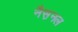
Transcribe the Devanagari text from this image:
नैस़नल